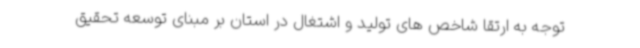
توجه به ارتقا شاخص های تولید و اشتغال در استان بر مبنای توسعه تحقیق